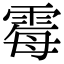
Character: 霉